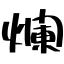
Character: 爛